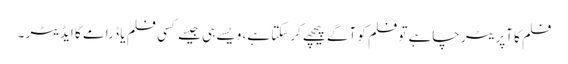
فلم کا آپریٹر چاہے تو فلم کو آگے پیچھے کرسکتا ہے، ویسے ہی جیسے کسی فلم یا ڈرامے کا ایڈیٹر ۔